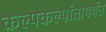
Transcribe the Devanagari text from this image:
कल्पकल्पांतापर्यंत